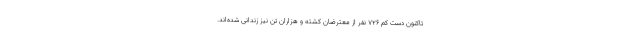
تاکنون دست کم ۷۲۶ نفر از معترضان کشته و هزاران تن نیز زندانی شده‌اند.